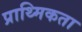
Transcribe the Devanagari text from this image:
प्राथ्मिकता